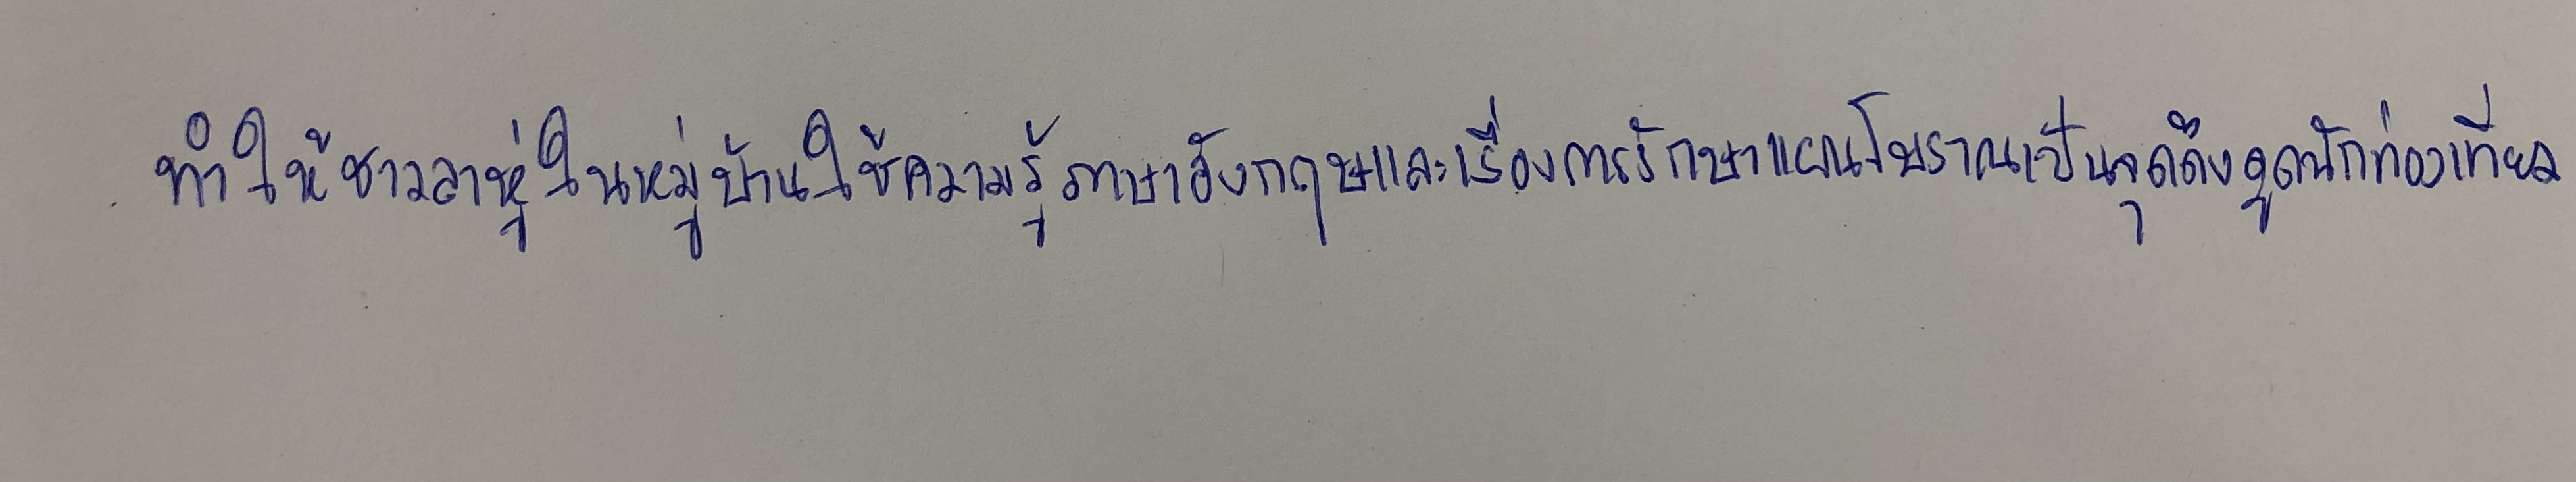
ทำให้ชาวลาหู่ในหมู่บ้านใช้ความรู้ภาษาอังกฤษและเรื่องการรักษาแผนโบราณเป็นจุดดึงดูดนักท่องเที่ยว